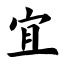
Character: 宜